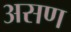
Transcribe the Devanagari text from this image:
असण